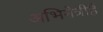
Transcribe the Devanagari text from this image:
अभिनेत्रीहैं